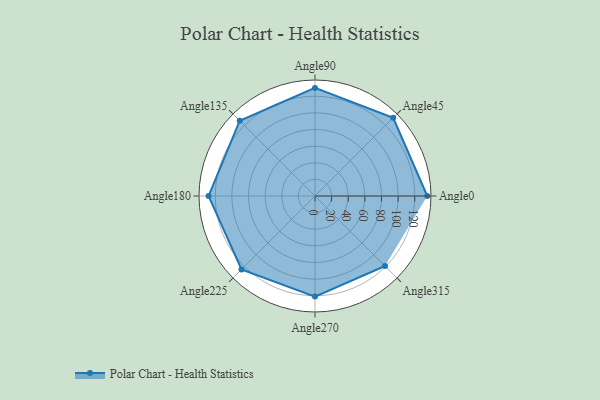
{"axis": {"x": "Angle", "y": "Radius"}, "legend": [""], "data": [{"x": "Angle0", "y": 135.0, "type": ""}, {"x": "Angle45", "y": 133.0, "type": ""}, {"x": "Angle90", "y": 130.0, "type": ""}, {"x": "Angle135", "y": 128.0, "type": ""}, {"x": "Angle180", "y": 128.0, "type": ""}, {"x": "Angle225", "y": 125.0, "type": ""}, {"x": "Angle270", "y": 121.0, "type": ""}, {"x": "Angle315", "y": 119.0, "type": ""}]}